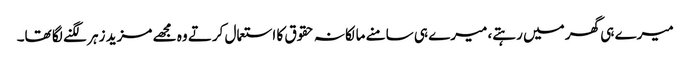
میرے ہی گھر میں رہتے، میرے ہی سامنے مالکانہ حقوق کا استعمال کرتے وہ مجھے مزید زہر لگنے لگا تھا۔